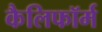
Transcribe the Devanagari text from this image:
कैलिफॉर्म